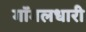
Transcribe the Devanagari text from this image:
गॉगलधारी